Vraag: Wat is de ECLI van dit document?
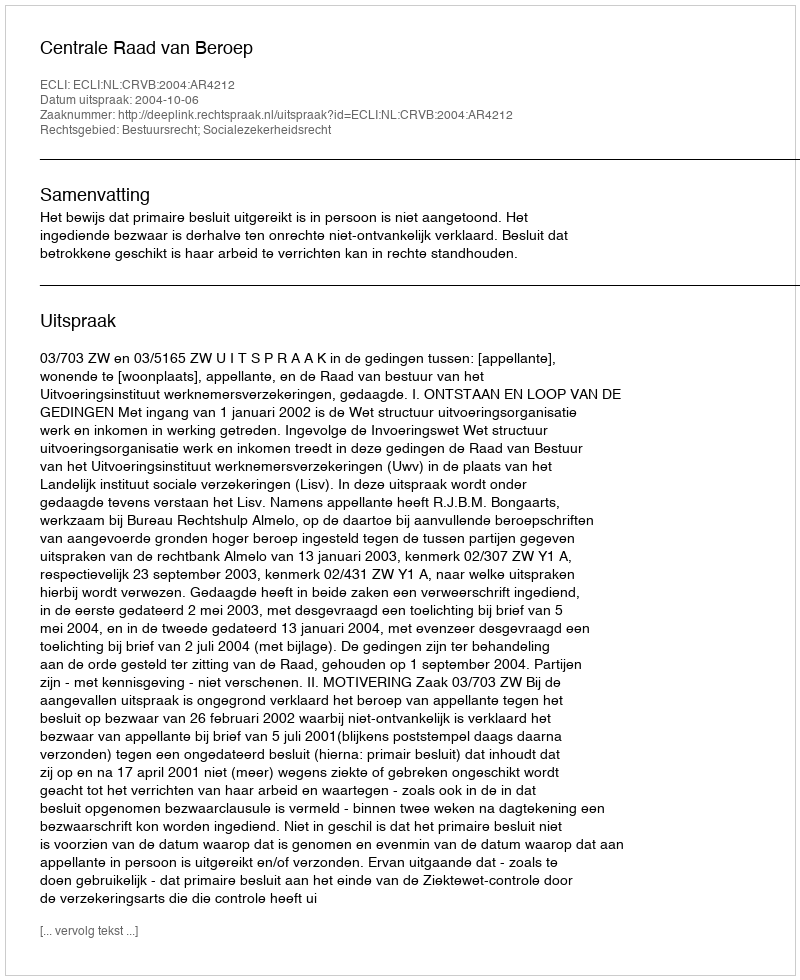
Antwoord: ECLI:NL:CRVB:2004:AR4212